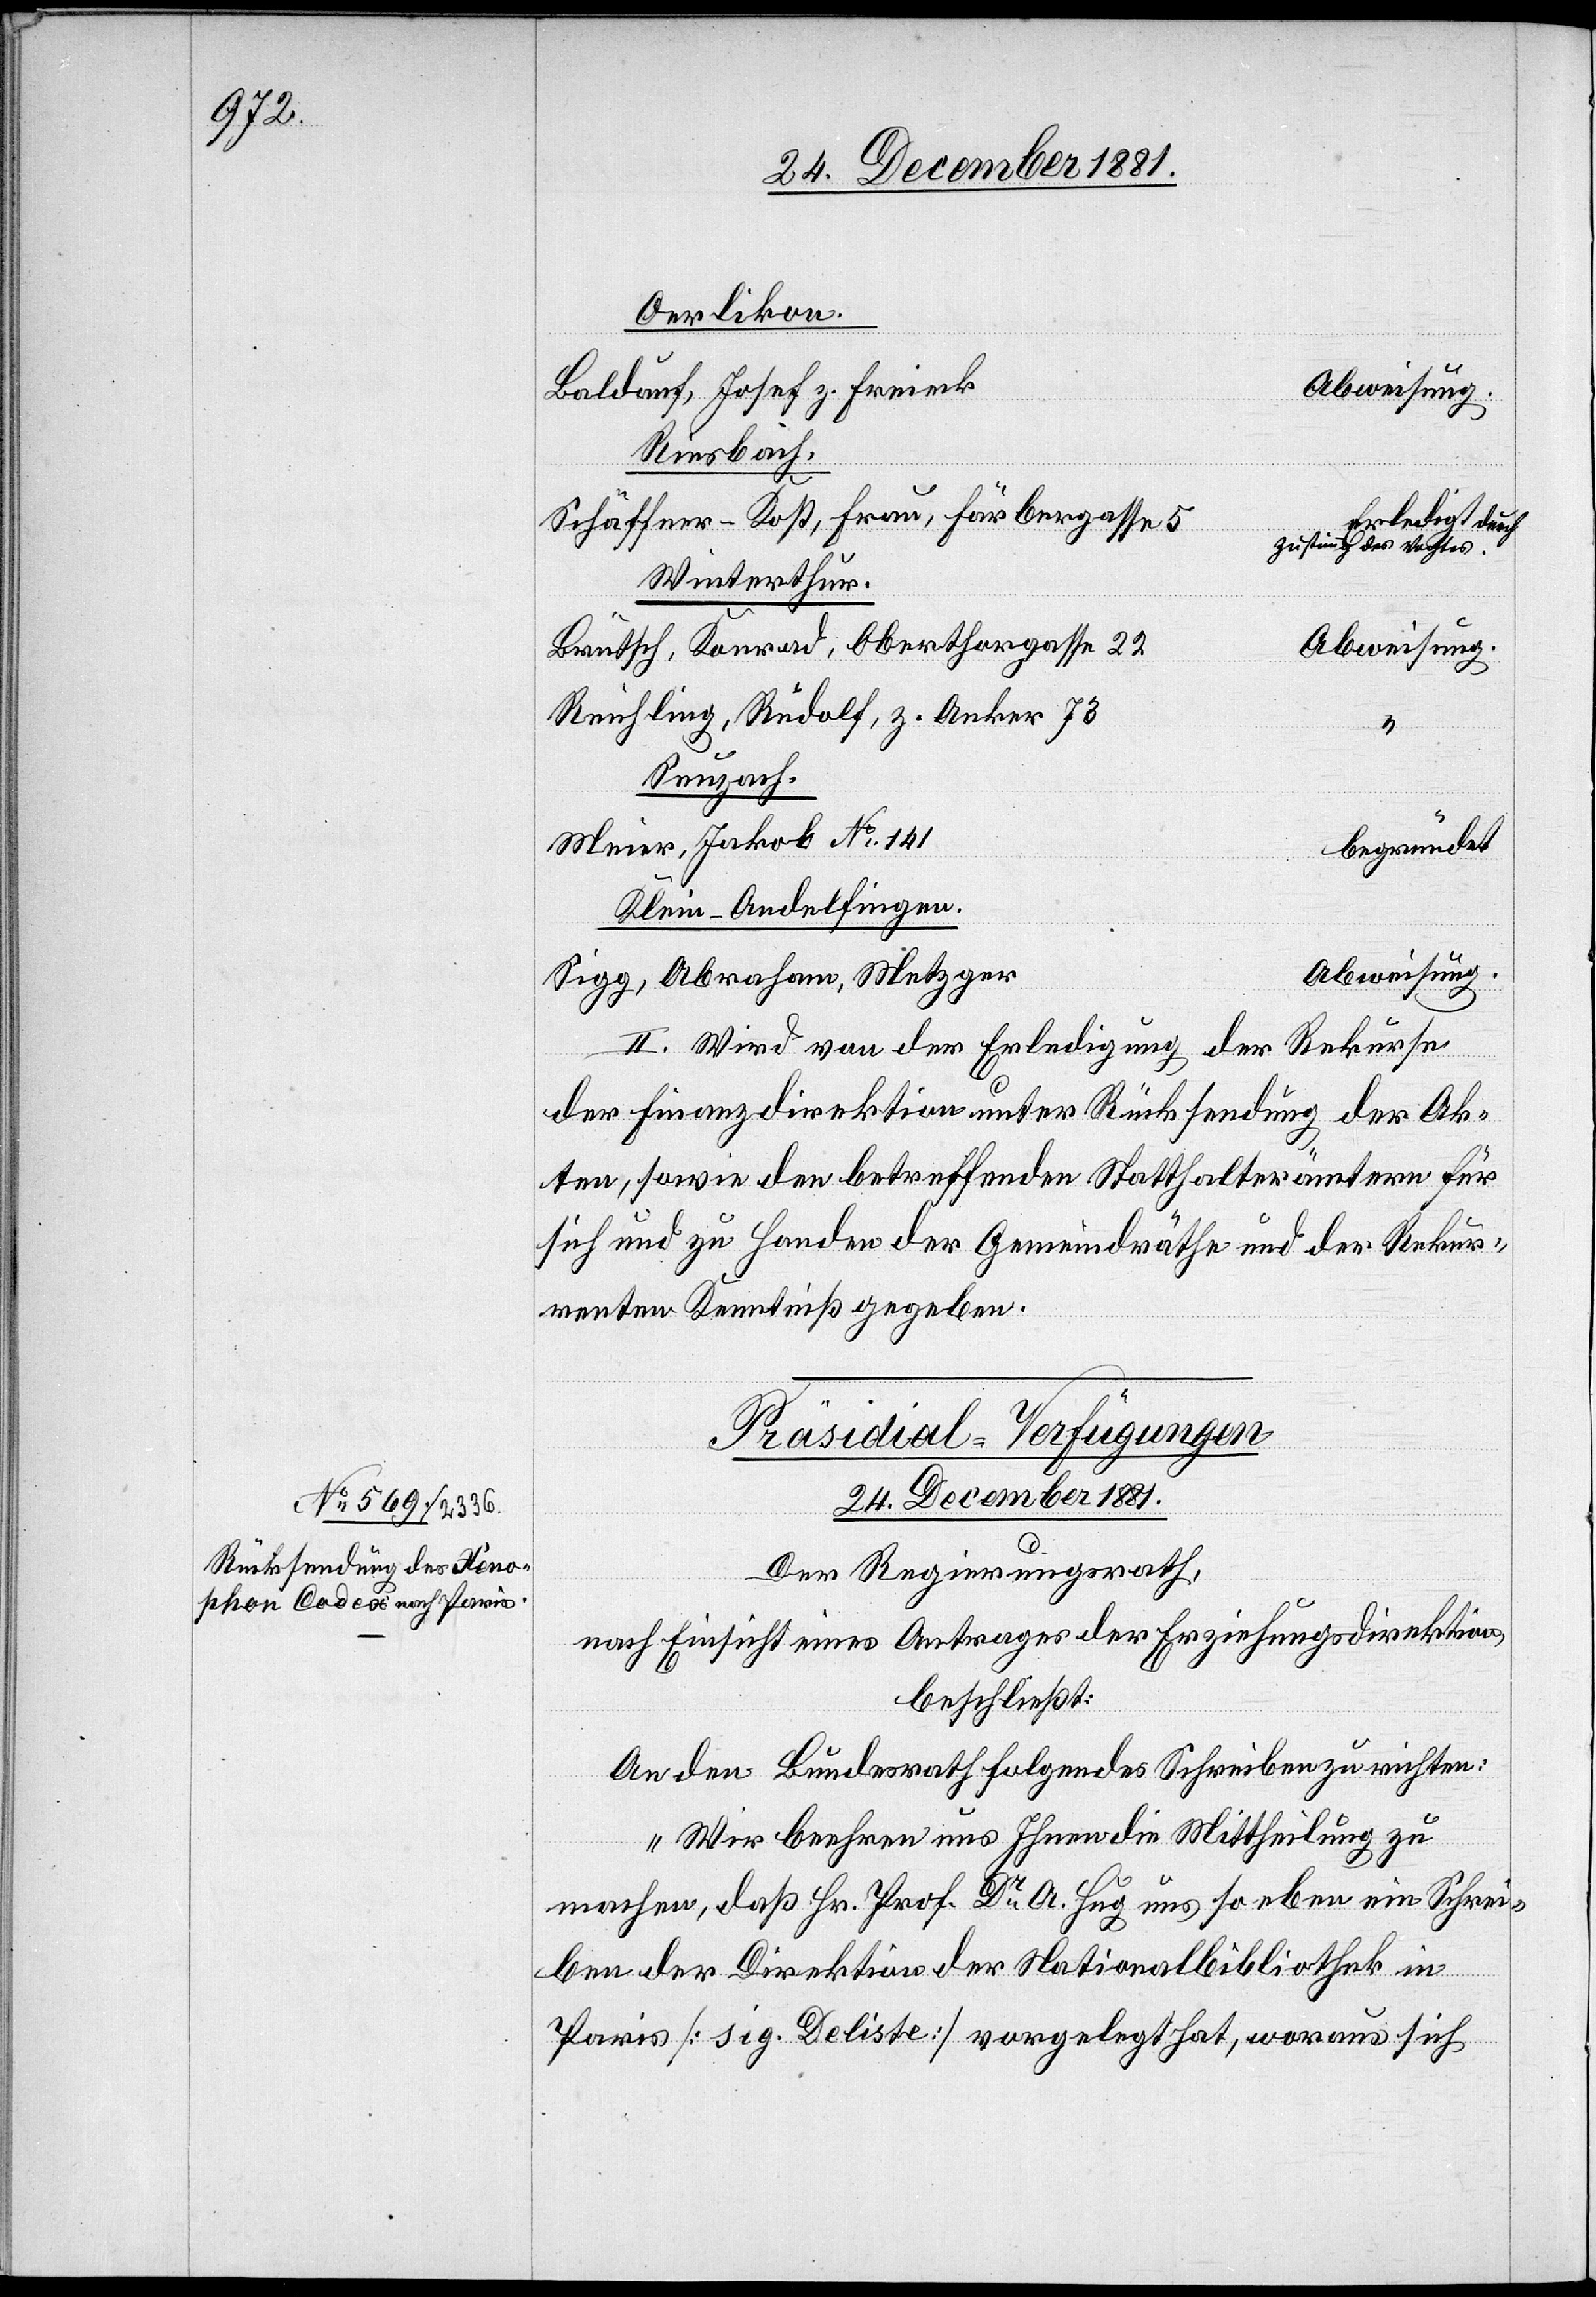
Oerlikon.
Baldauf, Josef z. Freieck
Abweisung.
Riesbach.
Schäffner-Kost, Frau, Färbergasse 5
Erledigt durch
Zustimmg. des Vogtes.
Winterthur.
Brütsch, Konrad, Oberthorgasse 22
Reichling, Rudolf, z. Anker 73
Seuzach.
Meier, Jakob No 141
begründet
Klein-Andelfingen.
Sigg, Abraham, Metzger
II. Wird von der Erledigung der Rekurse
der Finanzdirektion unter Rücksendung der Ak¬
ten, sowie den betreffenden Statthalterämtern für
sich und zu Handen der Gemeindräthe und der Rekur¬
renten Kenntniß gegeben.
Präsidial-Verfügungen.
24. December 1881.
Der Regierungsrath,
nach Einsicht eines Antrages der Erziehungsdirektion,
beschließt:
An den Bundesrath folgendes Schreiben zu richten:
„Wir beehren uns Ihnen die Mittheilung zu
machen, daß Hr. Prof Dr. A. Hug uns so eben ein Schrei¬
ben der Direktion der Nationalbibliothek in
Paris [sig. Deliste] vorgelegt hat, woraus sich